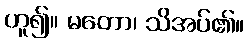
ဟူ၍။ မတော၊ သိအပ်၏။